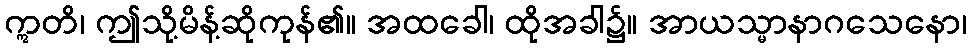
ဣတိ၊ ဤသို့မိန့်ဆိုကုန်၏။ အထခေါ၊ ထိုအခါ၌။ အာယသ္မာနာဂသေနော၊